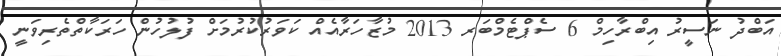
އަބްދު ނަސީރު އިބްރާހިމް 6 ސެޕްޓެމްބަރ 2013 މުޒާހަރާއެއް ކަވަރުކުރުމަށް ފުލުހުން ހަރަކާތްތެރިވަނީ